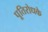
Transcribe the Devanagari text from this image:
पूतिरोधके